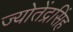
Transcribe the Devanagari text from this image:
ज्योतेंद्रसिंह